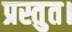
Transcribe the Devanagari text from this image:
प्रस्तुत।